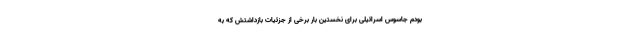
بودم جاسوس اسرائیلی برای نخستین بار برخی از جزئیات بازداشتش که به